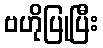
ဗဟိုပြုပြီး